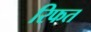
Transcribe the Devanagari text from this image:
रिफत